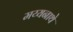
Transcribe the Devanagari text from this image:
मय्यनाथे